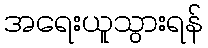
အရေးယူသွားရန်